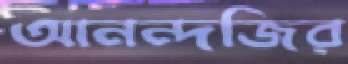
আনন্দজির